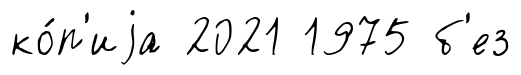
ко́п'иjа 2021 1975 б'ез